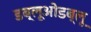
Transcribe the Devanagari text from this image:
डब्लूओडब्लू